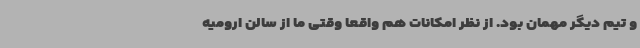
و تیم دیگر مهمان بود. از نظر امکانات هم واقعا وقتی ما از سالن ارومیه